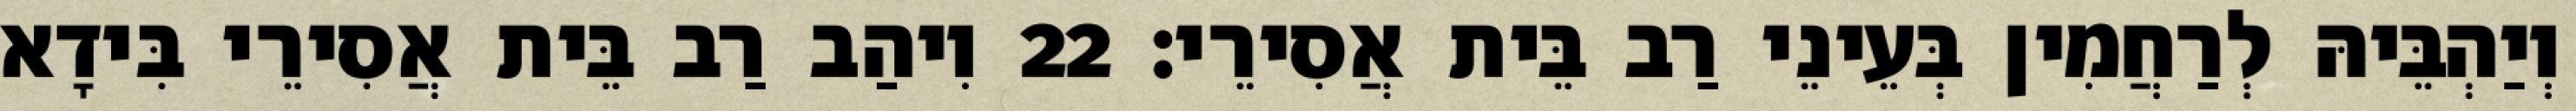
וְיַהְבֵּיהּ לְרַחֲמִין בְּעֵינֵי רַב בֵּית אֲסִירֵי׃ 22 וִיהַב רַב בֵּית אֲסִירֵי בִּידָא